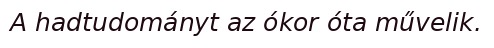
A hadtudományt az ókor óta művelik.